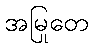
အမြုတေ